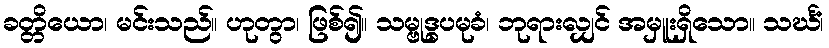
ခတ္တိယော၊ မင်းသည်။ ဟုတွာ၊ ဖြစ်၍။ သမ္ဗုဒ္ဓပမုခံ၊ ဘုရားလျှင် အမှူးရှိသော။ သင်္ဃံ၊